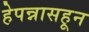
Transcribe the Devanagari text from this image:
हेपन्नासहून